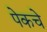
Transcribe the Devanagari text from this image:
पेकचे